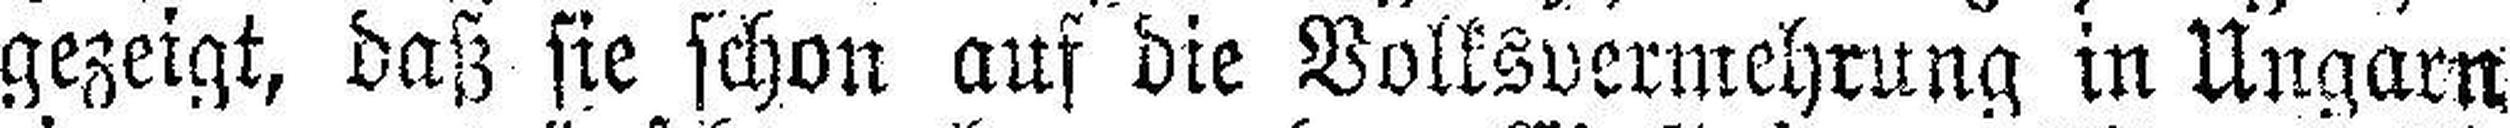
gezeigt, daß sie schon auf die Volksvermehrung in Ungarn